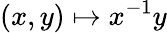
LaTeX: (x,y)\mapsto x^{-1}y